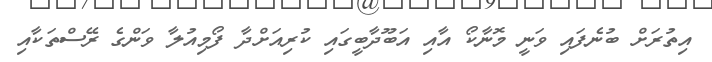
އިތުރަށް ބުނެފައި ވަނީ މޮނާކޯ އާއި އަބޫދާބީގައި ކުރިއަށްދާ ފޯމިއުލާ ވަންގެ ރޭސްތަކާއި